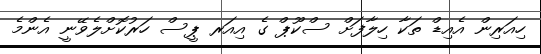
ހިއަރިން އެއިޑް ތަކާ ހިލާފަށް ސްކޫޕް ގެ އިއަރ ޕީސް ހަރުކޮށްލެވޭނީ އެންމެ